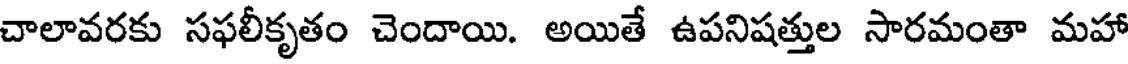
చాలావరకు సఫలీకృతం చెందాయి. అయితే ఉపనిషత్తుల సారమంతా మహా